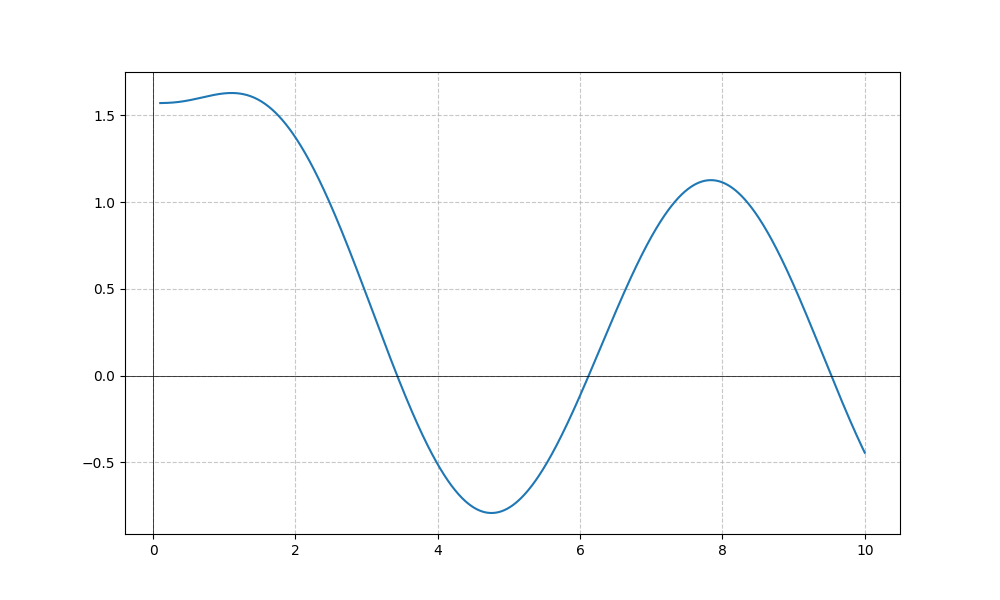
LaTeX formula: \sin{\left(x \right)} + \operatorname{acot}{\left(x \right)}